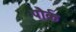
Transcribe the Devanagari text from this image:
पौर्क